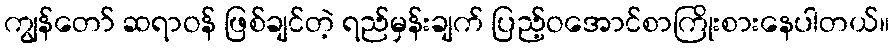
ကျွန်တော် ဆရာဝန် ဖြစ်ချင်တဲ့ ရည်မှန်းချက် ပြည့်ဝအောင်စာကြိုးစားနေပါတယ်။